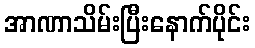
အာဏာသိမ်းပြီးနောက်ပိုင်း